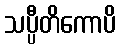
သပ္ပီတိကောပိ